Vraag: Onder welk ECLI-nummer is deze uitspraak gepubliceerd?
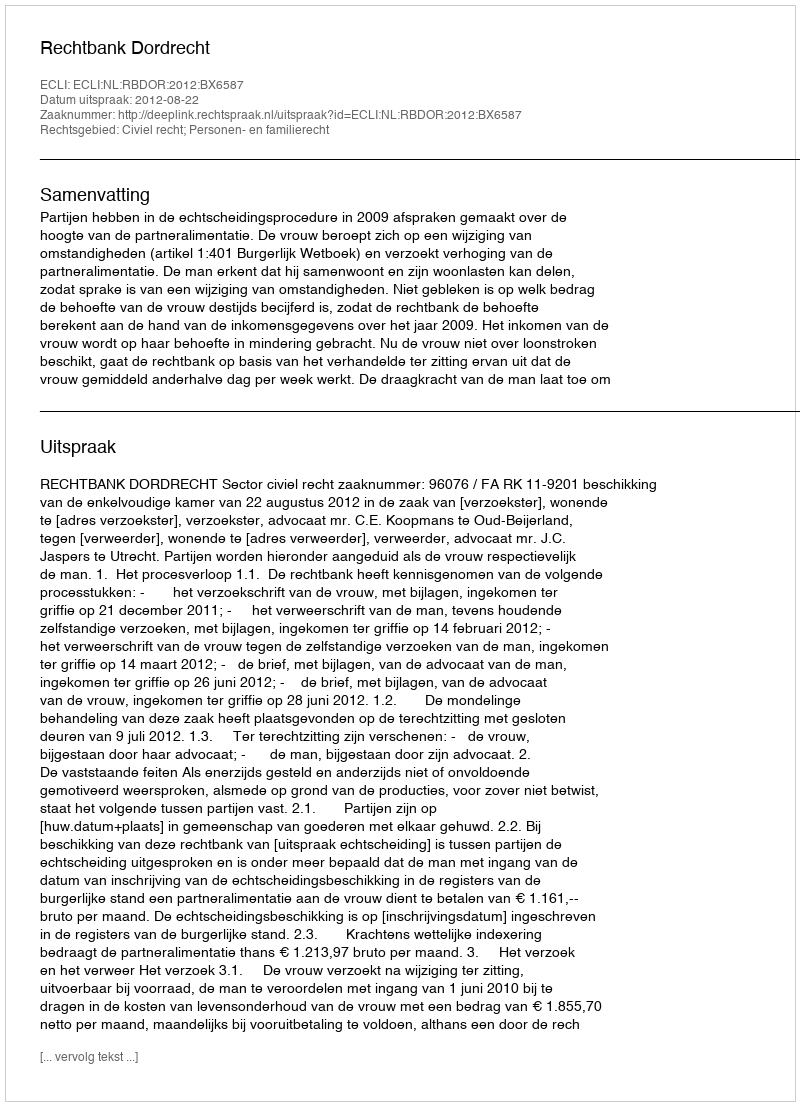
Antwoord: ECLI:NL:RBDOR:2012:BX6587